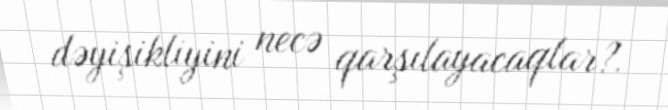
dəyişikliyini necə qarşılayacaqlar?.